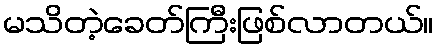
မသိတဲ့ခေတ်ကြီးဖြစ်လာတယ်။